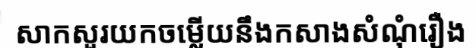
សាកសួរយកចម្លើយនឹងកសាងសំណុំរឿង